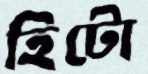
হিটো